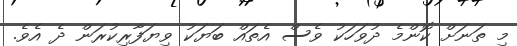
މި ތަނަށް ކޮންމެ ދުވަހަކު ވެސް އެތައް ބަޔަކު ވިޔަފާރިކުރަން ދެ އެވެ.